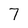
Character: 7